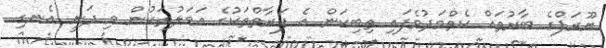
ޔޫރަޕްގެ ބާރުތައް ކެތްމަދުވެފައި ތިބިކަން އެ ފަރާތްތަކުގެ އަމަލުތަކުން މި ދަނީ އެނގި